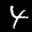
Label: 4